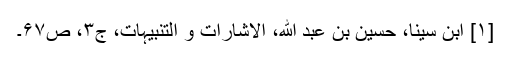
[۱] ابن سینا، حسین بن عبد الله، الاشارات و التنبیہات، ج‌۳، ص‌۶۷‌۔